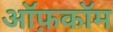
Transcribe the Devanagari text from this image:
ऑफ़कॉम